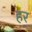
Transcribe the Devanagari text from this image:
हर